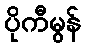
ပိုကီမွန်